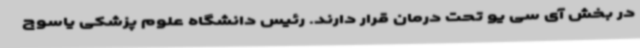
در بخش آی سی یو تحت درمان قرار دارند. رئیس دانشگاه علوم پزشکی یاسوج